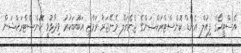
އެސްޓީއޯގެ ފިއުލް އެންޑް ކޮންސްޓްރަކްޝަންގެ ޖެނެރަލް މެނޭޖަރު ރަމްޒީ އަބޫބަކުރު ވިދާޅުވީ ކޮންސްޓްރަކްޝަން